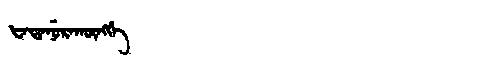
Manchu: ᡶᠠᡨᠠᠨᡠᡵᠠᡴᡡᠩᡤᡝ
Romanization: FATANURAKŪNGGE